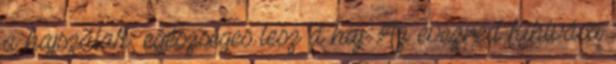
a hajszálak, egészséges lesz a haj. Az évezred kihívása